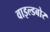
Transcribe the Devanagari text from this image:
वाइल्डबोर